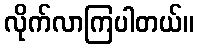
လိုက်လာကြပါတယ်။